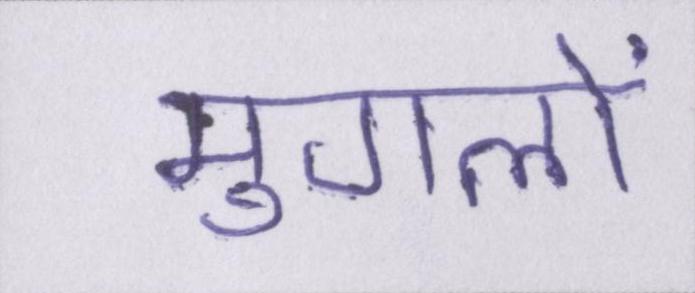
मुगलों